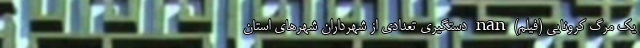
یک مرگ کرونایی (فیلم) nan دستگیری تعدادی از شهرداران شهرهای استان